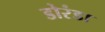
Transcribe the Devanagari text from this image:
डोरंडा